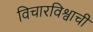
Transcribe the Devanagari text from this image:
विचारविश्वाची